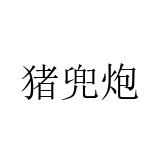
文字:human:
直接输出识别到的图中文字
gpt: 猪兜炮